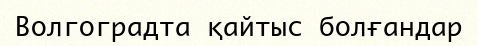
Волгоградта қайтыс болғандар